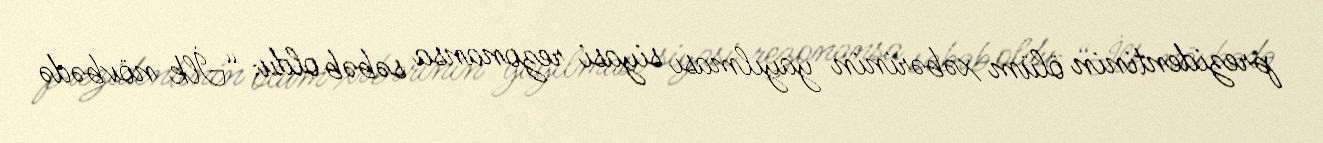
prezidentinin ölüm xəbərinin yayılması siyasi rezonansa səbəb oldu: “İlk növbədə